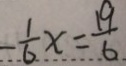
- \frac { 1 } { 6 } x = \frac { 1 9 } { 6 }